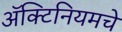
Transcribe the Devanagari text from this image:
ॲक्टिनियमचे